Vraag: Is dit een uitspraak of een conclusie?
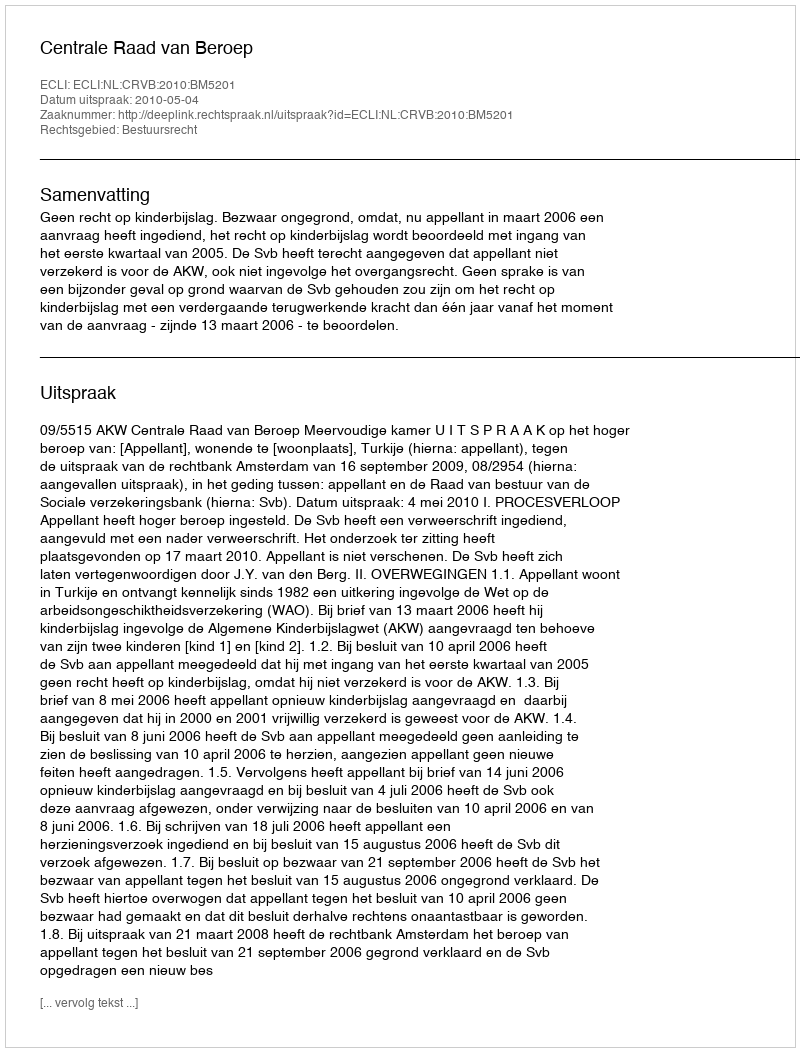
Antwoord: Uitspraak